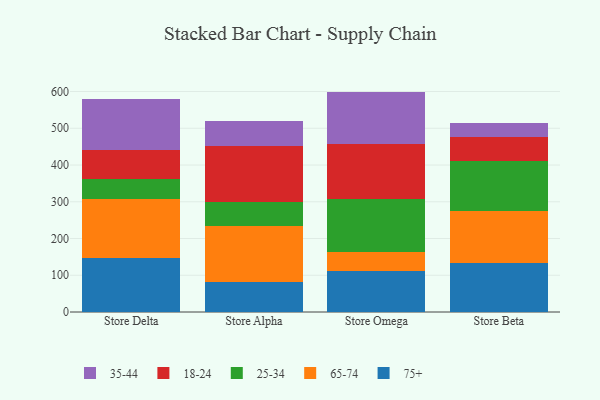
{"axis": {"x": "Store", "y": "Net Income (USD K)"}, "legend": ["18-24", "25-34", "35-44", "65-74", "75+"], "data": [{"x": "Store Delta", "y": 147.5, "type": "75+"}, {"x": "Store Delta", "y": 160.5, "type": "65-74"}, {"x": "Store Delta", "y": 55.3, "type": "25-34"}, {"x": "Store Delta", "y": 76.8, "type": "18-24"}, {"x": "Store Delta", "y": 138.6, "type": "35-44"}, {"x": "Store Alpha", "y": 82.7, "type": "75+"}, {"x": "Store Alpha", "y": 150.5, "type": "65-74"}, {"x": "Store Alpha", "y": 65.2, "type": "25-34"}, {"x": "Store Alpha", "y": 153.3, "type": "18-24"}, {"x": "Store Alpha", "y": 68.6, "type": "35-44"}, {"x": "Store Omega", "y": 112.3, "type": "75+"}, {"x": "Store Omega", "y": 51.0, "type": "65-74"}, {"x": "Store Omega", "y": 143.7, "type": "25-34"}, {"x": "Store Omega", "y": 151.0, "type": "18-24"}, {"x": "Store Omega", "y": 141.8, "type": "35-44"}, {"x": "Store Beta", "y": 132.8, "type": "75+"}, {"x": "Store Beta", "y": 143.1, "type": "65-74"}, {"x": "Store Beta", "y": 136.1, "type": "25-34"}, {"x": "Store Beta", "y": 65.3, "type": "18-24"}, {"x": "Store Beta", "y": 37.3, "type": "35-44"}]}